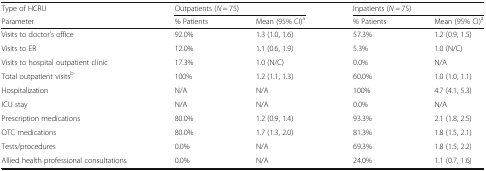
| Type of HCRU | <COLSPAN=2> Outpatients (N = 75) | <COLSPAN=2> Inpatients (N = 75) |
 | Parameter | % Patients | Mean (95% CI)a | % Patients | Mean (95% CI)a |
 | --- | --- | --- | --- | --- |
 | Visits to doctor’s office | 92.0% | 1.3 (1.0, 1.6) | 57.3% | 1.2 (0.9, 1.5) |
 | Visits to ER | 12.0% | 1.1 (0.6, 1.9) | 5.3% | 1.0 (N/C) |
 | Visits to hospital outpatient clinic | 17.3% | 1.0 (N/C) | 0.0% | N/A |
 | Total outpatient visitsb | 100% | 1.2 (1.1, 1.3) | 60.0% | 1.0 (1.0, 1.1) |
 | Hospitalization | N/A | N/A | 100% | 4.7 (4.1, 5.3) |
 | ICU stay | N/A | N/A | 0.0% | N/A |
 | Prescription medications | 80.0% | 1.2 (0.9, 1.4) | 93.3% | 2.1 (1.8, 2.5) |
 | OTC medications | 80.0% | 1.7 (1.3, 2.0) | 81.3% | 1.8 (1.5, 2.1) |
 | Tests/procedures | 0.0% | N/A | 69.3% | 1.8 (1.5, 2.2) |
 | Allied health professional consultations | 0.0% | N/A | 24.0% | 1.1 (0.7, 1.6) |